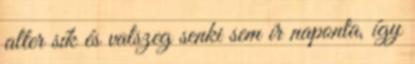
alter sík és valszeg senki sem ír naponta, így